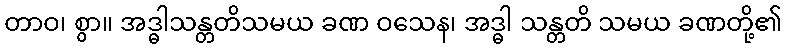
တာဝ၊ စွာ။ အဒ္ဓါသန္တတိသမယ ခဏ ဝသေန၊ အဒ္ဓါ သန္တတိ သမယ ခဏတို့၏